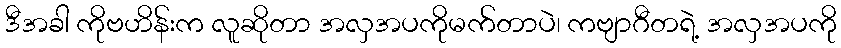
ဒီအခါ ကိုဗဟိန်းက လူဆိုတာ အလှအပကိုမက်တာပဲ၊ ကဗျာဂီတရဲ့ အလှအပကို